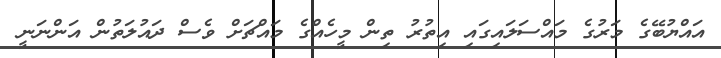
އައްޔުބޭގެ މަރުގެ މައްސަލައިގައި އިތުރު ތިން މީހެއްގެ މައްޗަށް ވެސް ދައުލަތުން އަންނަނީ